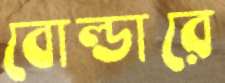
বোল্ডারে